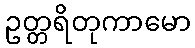
ဥတ္တရိတုကာမော